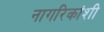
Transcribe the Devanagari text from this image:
नागरिकांशी